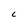
Character: c